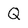
Character: Q